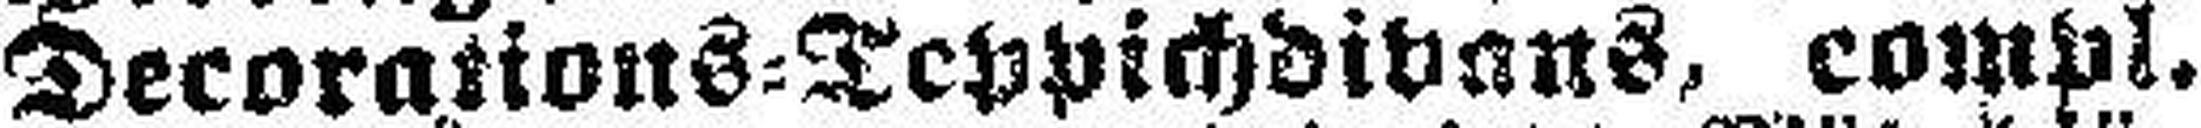
Decorations=Teppichdivans, compl.